Account of plague administration in the Bombay Presidency from September 1896 till May 1897
Year: 1896
Disease focus: Plague
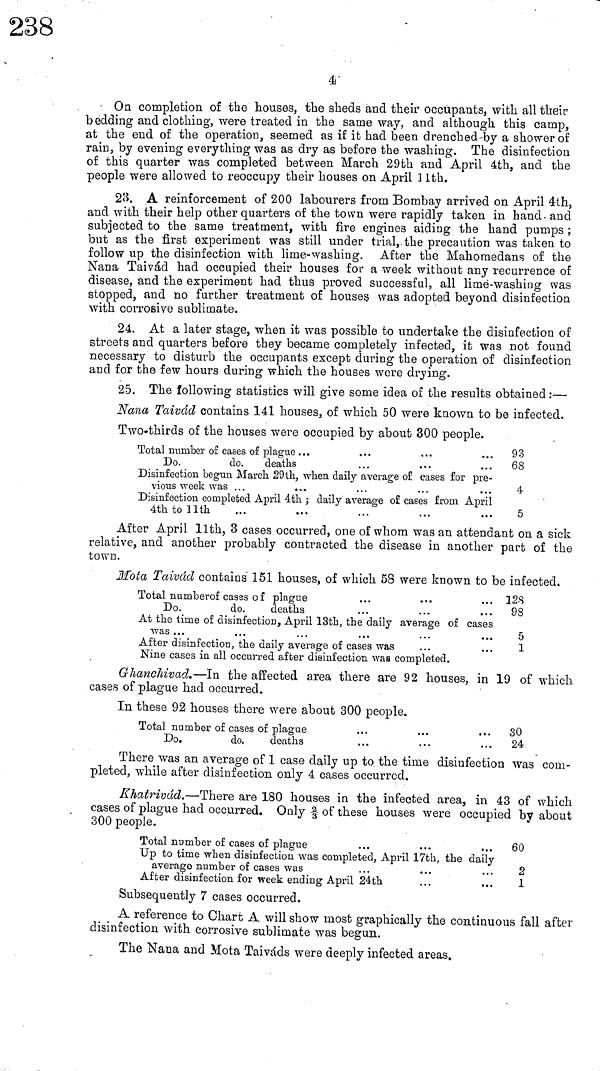
4
On completion of the houses, the sheds and their occupants, with all their
bedding and clothing; were treated in the same way, and although this camp,
at the end of the operation, seemed as if it had been drenched by a shower of
rain, by evening everything was as dry as before the washing. The disinfection
of this quarter was completed between March 29th and April 4th, and the
people were allowed to reoccupy their houses on April 11th.
23. A reinforcement of 200 labourers from Bombay arrived on April 4th,
and with their help other quarters of the town were rapidly taken in hand and
subjected to the same treatment, with fire engines aiding the hand pumps ;
but as the first experiment was still under trial, the precaution was taken to
follow up the disinfection with lime-washing. After the Mahomedans of the
Nana Taivád had occupied their houses for a week without any recurrence of
disease, and the experiment had thus proved successful, all lime-washing was
stopped, and no further treatment of houses was adopted beyond disinfection
with corrosive sublimate.
24. At a later stage, when it was possible to undertake the disinfection of
streets and quarters before they became completely infected, it was not found
necessary to disturb the occupants except during the operation of disinfection
and for the few hours during which the houses were drying.
25. The following statistics will give some idea of the results obtained :—
Nana Taivád contains 141 houses, of which 50 were known to be infected.
Two-thirds of the houses were occupied by about 300 people.
Total number of cases of plague ...
Do.
do.
deaths
Disinfection begun March 29th, when daily average of cases for pre-
vious week was ...
Disinfection completed April 4th ; daily average of cases from. April
4th to llth
93
68
4
5
After April llth, 3 cases occurred, one of whom was an attendant on a sick
relative, and another probably contracted the disease in another part of the
town.
Mota Taivád contains 151 houses, of which 58 were known to be infected.
Total number of cases of plague
Do.
do.
deaths
At the time of disinfection, April 13th, the daily average of cases
was ...
...
...
...
After disinfection, the daily average of cases was
Nine cases in all occurred after disinfection was completed.
128
98
5
1
G hanchivad.—In the affected area there are 92 houses, in 19 of which
cases of plague had occurred.
In these 92 houses there were about 300 people.
Total
number of cases of plague
... . . . . . .
Do.
do,
deaths
. . .
. . .
. . .
30
24
There was an average of 1 case daily up to the time disinfection was com-
pleted, while after disinfection only 4 cases occurred.
Khatrivad.—There are 180 houses in the infected area, in 43 of which
cases of plague had occurred. Only 2 / 3 of these houses were occupied by about
300 people.
Total
number of cases of plague
Up
to time when disinfection was com
average
number of cases was
After
disinfection for week ending April 24th
60
2
1
Subsequently 7 cases occurred.
A reference to Chart A will show most graphically the continuous fall after
disinfection with corrosive sublimate was begun.
The Nana and Mota Taiváds were deeply infected areas.